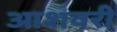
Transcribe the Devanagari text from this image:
आशवरी